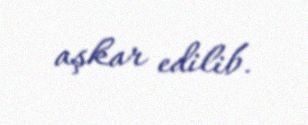
aşkar edilib.